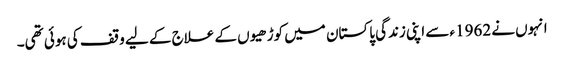
انہوں نے 1962ء سے اپنی زندگی پاکستان میں کوڑھیوں کے علاج کے لیے وقف کی ہوئی تھی۔